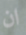
ان